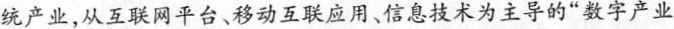
统产业，从互联网平台、移动互联应用、信息技术为主导的”数字产业